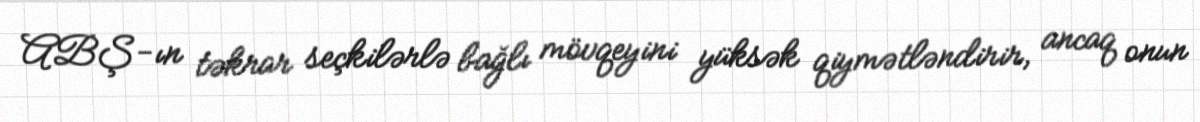
ABŞ-ın təkrar seçkilərlə bağlı mövqeyini yüksək qiymətləndirir, ancaq onun